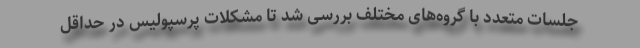
جلسات متعدد با گروه‌های مختلف بررسی شد تا مشکلات پرسپولیس در حداقل